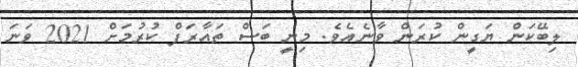
ލިބޭކަން ޔަގީން ކުރަން ވާނެއެވެ. މިނީ ބަސް ތައާރަފް ކުރުމަށް 2021 ވަނަ